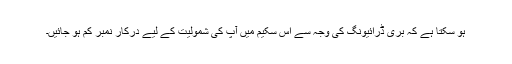
ہو سکتا ہے کہ بری ڈرائیونگ کی وجہ سے اس سکیم میں آپ کی شمولیت کے لیے درکار نمبر کم ہو جائیں۔